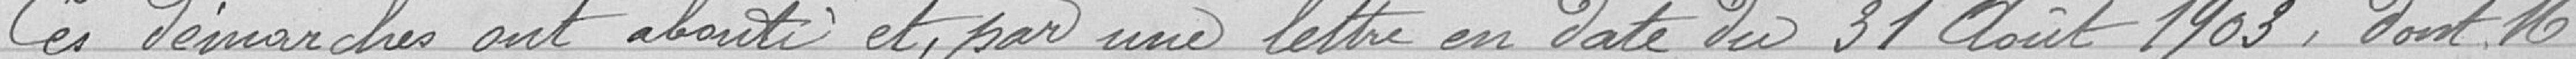
Ces démarches ont abouti et par une lettre en date du 31 août 1903, dont Monsieur